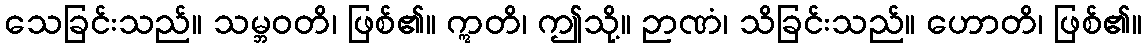
သေခြင်းသည်။ သမ္ဘဝတိ၊ ဖြစ်၏။ ဣတိ၊ ဤသို့။ ဉာဏံ၊ သိခြင်းသည်။ ဟောတိ၊ ဖြစ်၏။